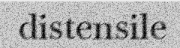
distensile